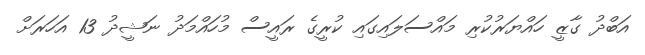
އަބްދު ގާޒީ ހައްޔަރުކުރި މައްސަލައިގައި ކުރީގެ ރައީސް މުހައްމަދު ނަޝީދު 13 އަހަރަށް